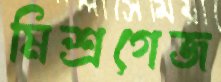
মিশ্রগেজ